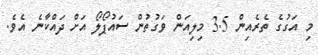
މި އަގުގެ ތެރެއިން 3.5 މިލިއަން ވަގުތުން ސަައުޕޯލޯ އަށް ދައްކާނެ އެވެ.